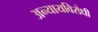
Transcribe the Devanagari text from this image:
अन्यायविरोधी